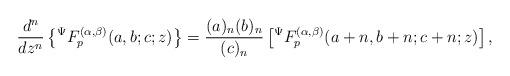
LaTeX: \begin{align*}\frac{d^{n}}{dz^{n}}\left\lbrace {}^{\Psi}F_{p}^{(\alpha,\beta)}(a,b;c;z)\right\rbrace =\frac{(a)_{n}(b)_{n}}{(c)_{n}}\left[ {}^{\Psi}F_{p}^{(\alpha,\beta)}(a+n,b+n;c+n;z)\right],\end{align*}